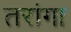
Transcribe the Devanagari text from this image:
तरांगा